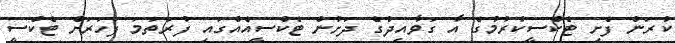
ކުރަން ފެށި ޓެކްސީކުރުމުގެ އާ ގަވާއިދުގެ ދަށުން ޓެކްސީއެއްގައި ފުރަތަމަ ފަހަރަށް ޓެކްސީ